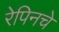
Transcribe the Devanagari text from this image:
रेपिनचे